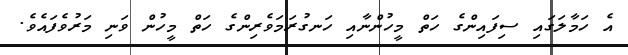
އެ ހަމާލަގައި ސިފައިންގެ ހަތް މީހުންނާއި ހަނގުރަމަވެރިންގެ ހަތް މީހުން ވަނި މަރުވެފައެވެ.